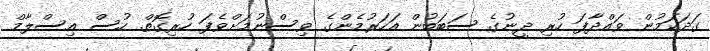
ގަދަކަމުން ވައްދާފަ ހުރި ދީނުގެ ސަބަބުން އަހަރުމެންގެ ވިސްނުމަށްވެފަ ހުރިގޮތް. ހުސް އިސްލާމް